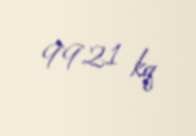
9921 kq